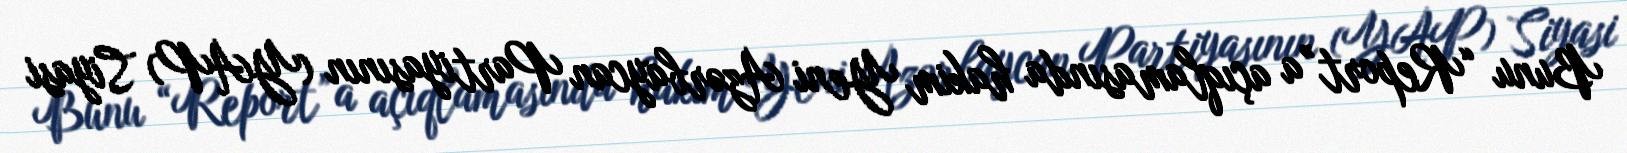
Bunu “Report”a açıqlamasında hakim Yeni Azərbaycan Partiyasının (YAP) Siyasi